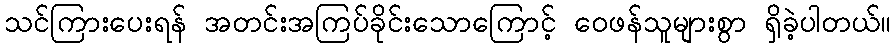
သင်ကြားပေးရန် အတင်းအကြပ်ခိုင်းသောကြောင့် ဝေဖန်သူများစွာ ရှိခဲ့ပါတယ်။